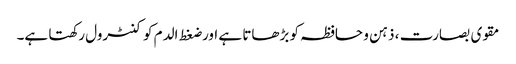
مقوی بصارت ، ذہن و حافظہ کو بڑھاتا ہے اور ضغط الدم کو کنٹرول رکھتا ہے۔